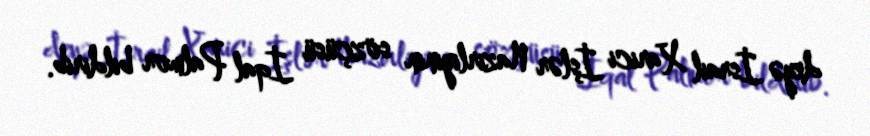
deyə İsrail Xarici İşlər Nazirliyinin sözçüsü İqal Palmor bildirib.